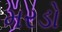
મરડો